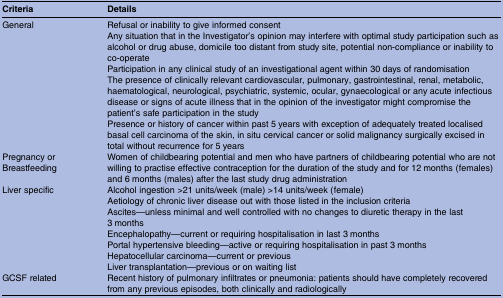
<table><thead><tr><td><b>Criteria</b></td><td><b>Details</b></td></tr></thead><tbody><tr><td rowspan="5">General</td><td>Refusal or inability to give informed consent</td></tr><tr><td>Any situation that in the Investigator&#x27;s opinion may interfere with optimal study participation such as alcohol or drug abuse, domicile too distant from study site, potential non-compliance or inability to co-operate</td></tr><tr><td>Participation in any clinical study of an investigational agent within 30 days of randomisation</td></tr><tr><td>The presence of clinically relevant cardiovascular, pulmonary, gastrointestinal, renal, metabolic, haematological, neurological, psychiatric, systemic, ocular, gynaecological or any acute infectious disease or signs of acute illness that in the opinion of the investigator might compromise the patient&#x27;s safe participation in the study</td></tr><tr><td>Presence or history of cancer within past 5 years with exception of adequately treated localised basal cell carcinoma of the skin, in situ cervical cancer or solid malignancy surgically excised in total without recurrence for 5 years</td></tr><tr><td>Pregnancy or Breastfeeding</td><td>Women of childbearing potential and men who have partners of childbearing potential who are not willing to practise effective contraception for the duration of the study and for 12 months (females) and 6 months (males) after the last study drug administration</td></tr><tr><td rowspan="7">Liver specific</td><td>Alcohol ingestion &gt;21 units/week (male) &gt;14 units/week (female)</td></tr><tr><td>Aetiology of chronic liver disease out with those listed in the inclusion criteria</td></tr><tr><td>Ascites—unless minimal and well controlled with no changes to diuretic therapy in the last 3 months</td></tr><tr><td>Encephalopathy—current or requiring hospitalisation in last 3 months</td></tr><tr><td>Portal hypertensive bleeding—active or requiring hospitalisation in past 3 months</td></tr><tr><td>Hepatocellular carcinoma—current or previous</td></tr><tr><td>Liver transplantation—previous or on waiting list</td></tr><tr><td>GCSF related</td><td>Recent history of pulmonary infiltrates or pneumonia: patients should have completely recovered from any previous episodes, both clinically and radiologically</td></tr></tbody></table>